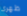
ظهرى